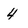
Character: 4